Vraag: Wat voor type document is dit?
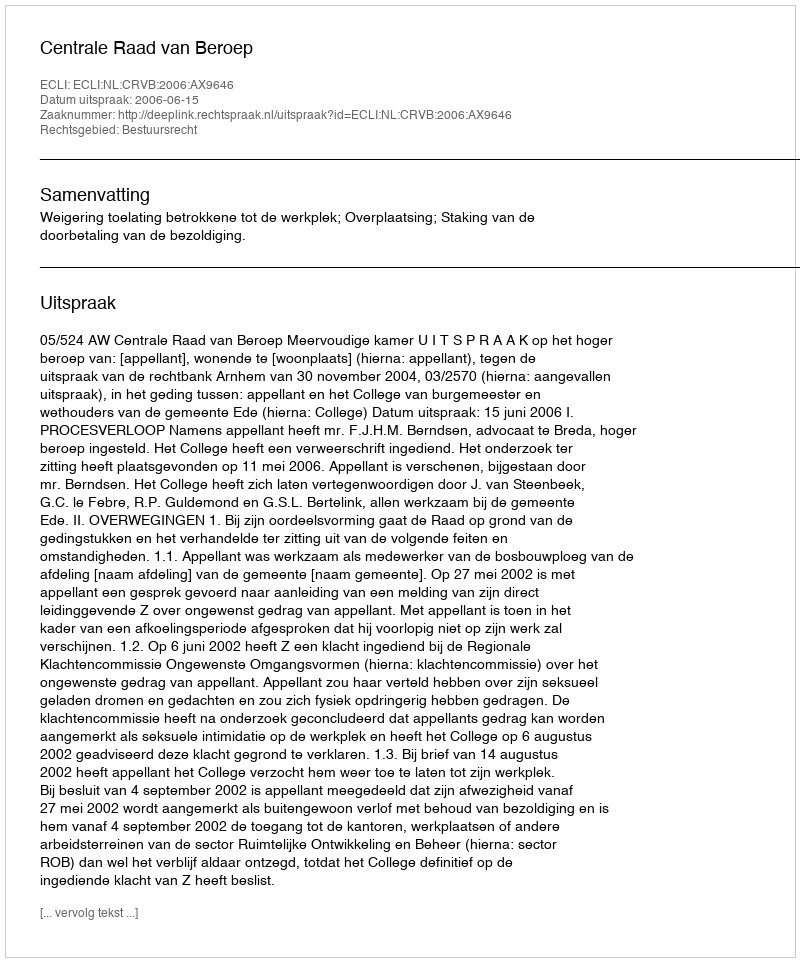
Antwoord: Uitspraak